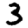
Digit: 3